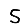
Digit: 5